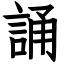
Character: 誦